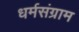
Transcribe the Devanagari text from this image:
धर्मसंग्राम